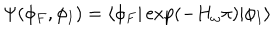
\Psi ( \phi _ { F } , \phi _ { I } ) = \langle \phi _ { F } | \exp ( { - H _ { \omega } \pi } ) | \phi _ { I } \rangle